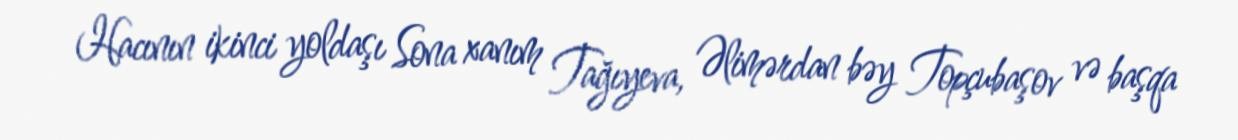
Hacının ikinci yoldaşı Sona xanım Tağıyeva, Əlimərdan bəy Topçubaşov və başqa